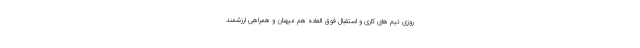
روزی تیم های کاری و استقبال فوق العاده هم میهنان و همراهی ارزشمند